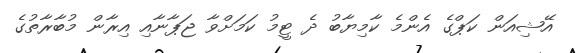
އޭޝިއަން ކަޕްގެ އެންމެ ކާމިޔާބު ދެ ޓީމު ކަމަށްވާ ޖަޕާނާއި އިރާން މުބާރާތުގެ